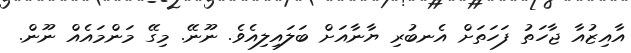
އާއިޒުއާ ޖާހަތު ފަހަތަށް އެނބުރި ޔާނާއަށް ބަލައިލިއެވެ. ނޫނޭ. މިގޭ މަންމައެއް ނޫން.